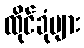
ထိုင်ခုံများ